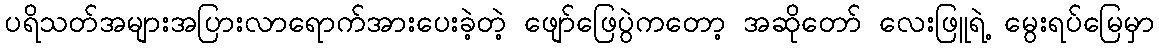
ပရိသတ်အများအပြားလာရောက်အားပေးခဲ့တဲ့ ဖျော်ဖြေပွဲကတော့ အဆိုတော် လေးဖြူရဲ့ မွေးရပ်မြေမှာ